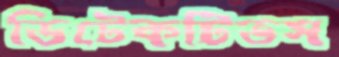
ডিটেকটিভস